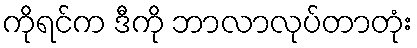
ကိုရင်က ဒီကို ဘာလာလုပ်တာတုံး